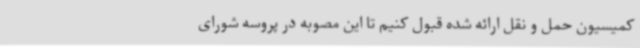
کمیسیون حمل و نقل ارائه شده قبول کنیم تا این مصوبه در پروسه شورای